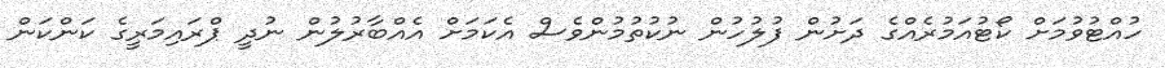
ހުއްޓުވުމަށް ކޯޓުއަމުރެއްގެ ދަށުން ފުލުހުން ނުކުތުމުންވެސް އެކަމަށް އެއްބާރުލުން ނުދީ ޕްރައިމަރީގެ ކަންކަން